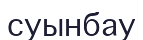
суынбау